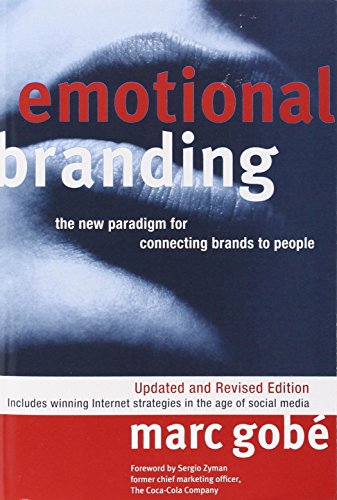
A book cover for Emotional Branding: The New Paradigm for Connecting Brands to People; Marc Gobe; Business & Money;